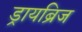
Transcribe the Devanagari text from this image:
ड्रायब्रिज